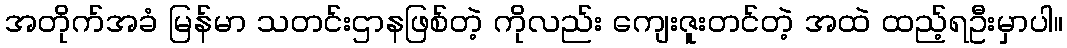
အတိုက်အခံ မြန်မာ သတင်းဌာနဖြစ်တဲ့ ကိုလည်း ကျေးဇူးတင်တဲ့ အထဲ ထည့်ရဦးမှာပါ။